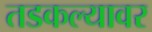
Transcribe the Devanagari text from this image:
तडकल्यावर